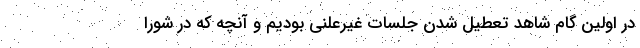
در اولین گام شاهد تعطیل شدن جلسات غیرعلنی بودیم و آنچه که در شورا